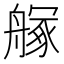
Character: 𦪃